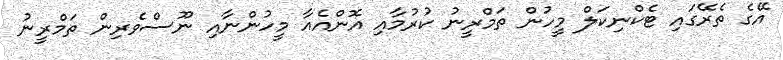
އޭގެ ތެރޭގައި ޓެކްނިކަލް މީހުން ތަމްރީނު ކުރުމާއި އޮންއެއާ މީހުންނާއި ނޫސްވެރިން ތަމްރީނު